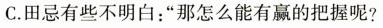
C.田忌有些不明白：“那怎么能有赢的把握呢?